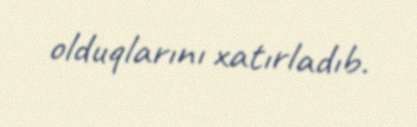
olduqlarını xatırladıb.